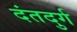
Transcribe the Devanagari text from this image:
दंतदुर्ग